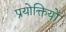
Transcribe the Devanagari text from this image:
प्रयोक्तियों